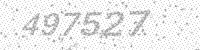
Solution: 497527